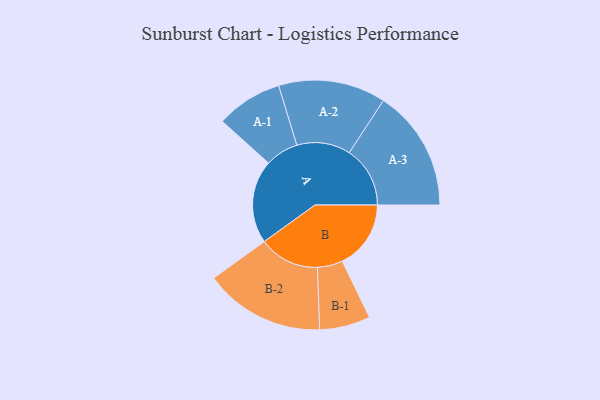
{"axis": {"x": "Segment", "y": "Value"}, "legend": ["", "A", "B"], "data": [{"x": "A", "y": 374, "type": ""}, {"x": "B", "y": 308, "type": ""}, {"x": "A-1", "y": 149, "type": "A"}, {"x": "A-2", "y": 241, "type": "A"}, {"x": "A-3", "y": 273, "type": "A"}, {"x": "B-1", "y": 114, "type": "B"}, {"x": "B-2", "y": 271, "type": "B"}]}